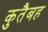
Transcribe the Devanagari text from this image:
कुतैबह